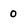
Character: 0